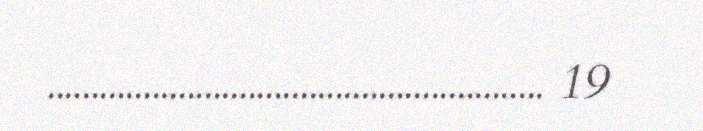
......................................................... 19